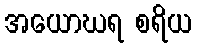
အယောဃရ စရိယ